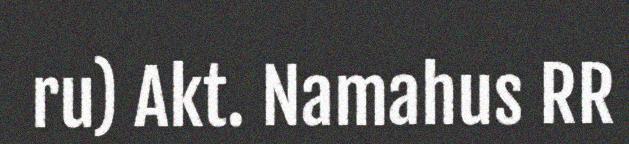
ru) Akt. Namahus RR